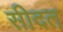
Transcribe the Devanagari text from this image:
सीदत